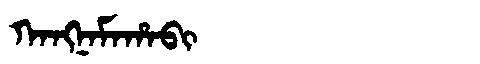
Manchu: ᡴᠠᠩᠨᠠᠮᠠᡥᠠᠪᡳ
Romanization: KANGNAMAHABI